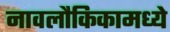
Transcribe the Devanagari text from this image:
नावलौकिकामध्ये